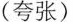
(夸张)